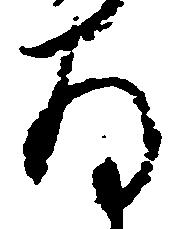
存